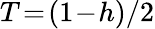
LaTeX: T\! =\! (1\! -\! h)/2